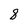
Character: 8